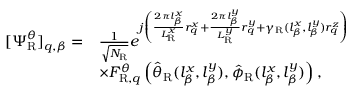
\begin{array} { r l } { [ \boldsymbol { \Psi } _ { \mathrm { R } } ^ { \theta } ] _ { q , \beta } = } & { \frac { 1 } { \sqrt { N _ { \mathrm { R } } } } e ^ { j \left( \frac { 2 \pi l _ { \beta } ^ { x } } { L _ { \mathrm { R } } ^ { x } } r _ { q } ^ { x } + \frac { 2 \pi l _ { \beta } ^ { y } } { L _ { \mathrm { R } } ^ { y } } r _ { q } ^ { y } + \gamma _ { \mathrm { R } } ( l _ { \beta } ^ { x } , l _ { \beta } ^ { y } ) r _ { q } ^ { z } \right) } } \\ & { \times F _ { \mathrm { R } , q } ^ { \theta } \left( \hat { \theta } _ { \mathrm { R } } ( l _ { \beta } ^ { x } , l _ { \beta } ^ { y } ) , \hat { \phi } _ { \mathrm { R } } ( l _ { \beta } ^ { x } , l _ { \beta } ^ { y } ) \right) , } \end{array}